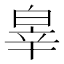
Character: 𤽮